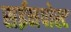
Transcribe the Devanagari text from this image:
सईनपोस्ट